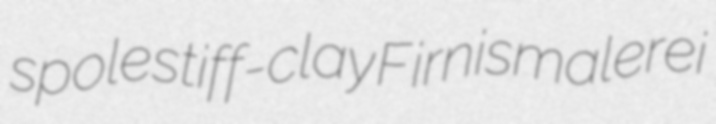
spole stiff-clay Firnismalerei